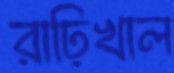
রাঢ়িখাল